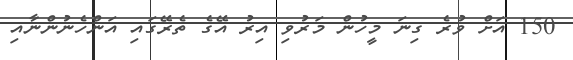
150 އަށް ވުރެ ގިނަ މީހުން މަރުވި އިރު އޭގެ ތެރޭގައި އަންހެނުންނާއި